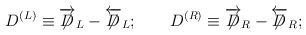
\begin{align*}D^{(L)}\equiv\overrightarrow{\not\!\!D}_{L}-\overleftarrow{\not\!\!D}_{L};\qquad D^{(R)}\equiv\overrightarrow{\not\!\!D}_{R}-\overleftarrow{\not\!\!D}_{R};\end{align*}